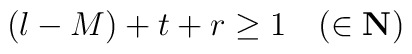
(l-M)+t+r \geq 1 \quad (\in \bf{N})